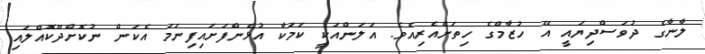
ލާނާގެ ދުވަސްދިޔައީ އޭ ހުޒާމްގެ ހިތަށްއެރިއެވެ. އަލަންއަކީ ކަމަކާ އުޅެންފަށައިފިނަމަ އެކަން ނުކޮށްދޫކޮއްލައި